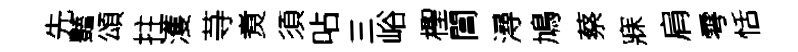
先豔頌拄濩䒭煑須呫三峪檉閶潯鳩蔡寐肩雩恬